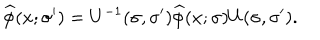
\widehat { \phi } ( x ; \sigma ^ { \prime } ) = U ^ { - 1 } ( \sigma , \sigma ^ { \prime } ) \widehat { \phi } ( x ; \sigma ) U ( \sigma , \sigma ^ { \prime } ) .